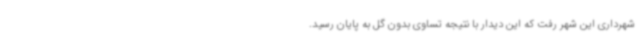
شهرداری این شهر رفت که این دیدار با نتیجه تساوی بدون گل به پایان رسید.